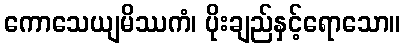
ကောသေယျမိဿကံ၊ ပိုးချည်နှင့်ရောသော။